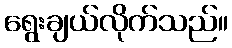
ရွေးချယ်လိုက်သည်။